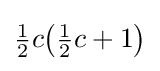
{\tfrac {1}{2}}c{\bigl (}{\tfrac {1}{2}}c+1{\bigr )}